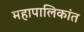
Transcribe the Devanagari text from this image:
महापालिकांत